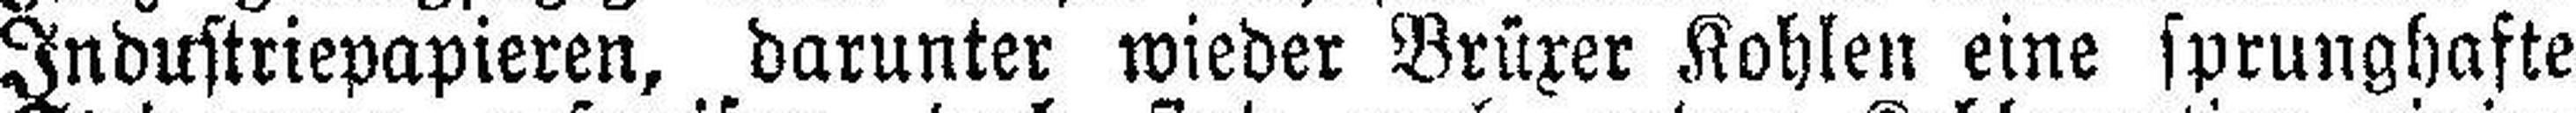
Industriepapieren, darunter wieder Brüxer Kohlen eine sprunghafte